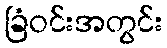
ခြံဝင်းအတွင်း